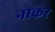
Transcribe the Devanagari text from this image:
नाकर